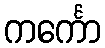
ကင်္ကော